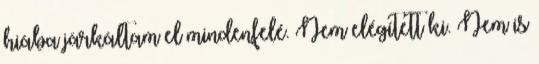
hiába járkáltam el mindenfelé. Nem elégített ki. Nem is